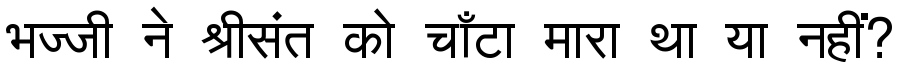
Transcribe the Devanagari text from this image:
भज्जी ने श्रीसंत को चाँटा मारा था या नहीं?